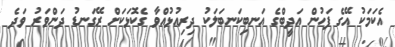
އެކަމަކު އޭގެ ފަހުން އަދީބްގެ އަނބިކަނބަލަކު ދިރިއުޅުއްވާ ގެކޮޅަކަށް ރޭގަނޑު ދަންވަރު ވަދެ